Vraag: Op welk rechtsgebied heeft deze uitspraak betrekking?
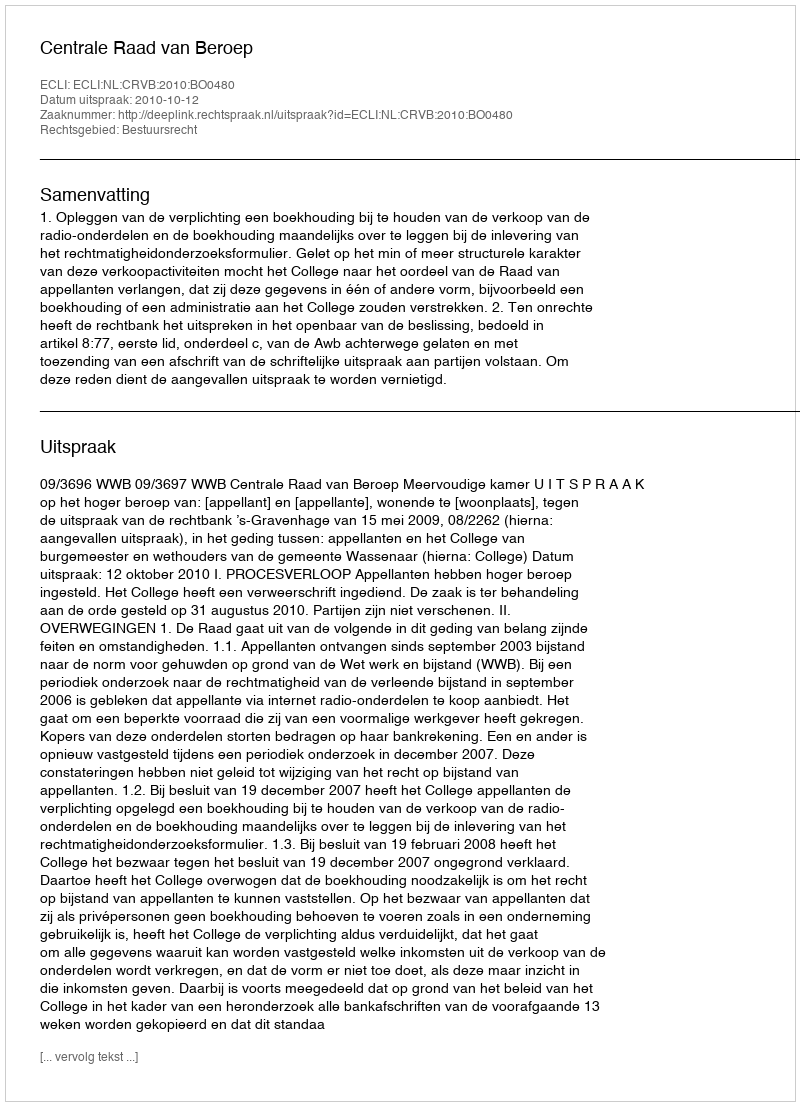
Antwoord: Bestuursrecht